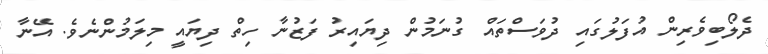
ދެލޯބިވެރިން އުފަލުގައި ދުވަސްތައް ގުނަމުން ދިޔައިރު ފަޒުނާ ހިތް ދިޔައީ މިލަމުންނެވެ. އޭނާ